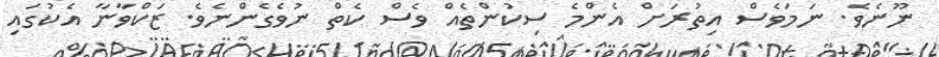
ނޫނެވެ. ނަމަވެސް އިތުރަށް އެންމެ ސިކުންތެއް ވެސް ކެތް ނުވެގެންނެވެ. ޒަކްވާނާ އެކުގައި